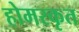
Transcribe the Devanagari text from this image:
होमरकृत